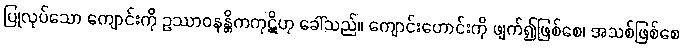
ပြုလုပ်သော ကျောင်းကို ဥဿာဝနန္တိကကုဋိဟု ခေါ်သည်။ ကျောင်းဟောင်းကို ဖျက်၍ဖြစ်စေ၊ အသစ်ဖြစ်စေ